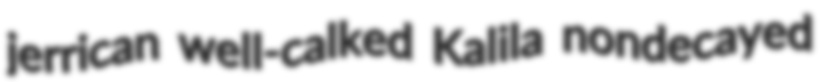
jerrican well-calked Kalila nondecayed